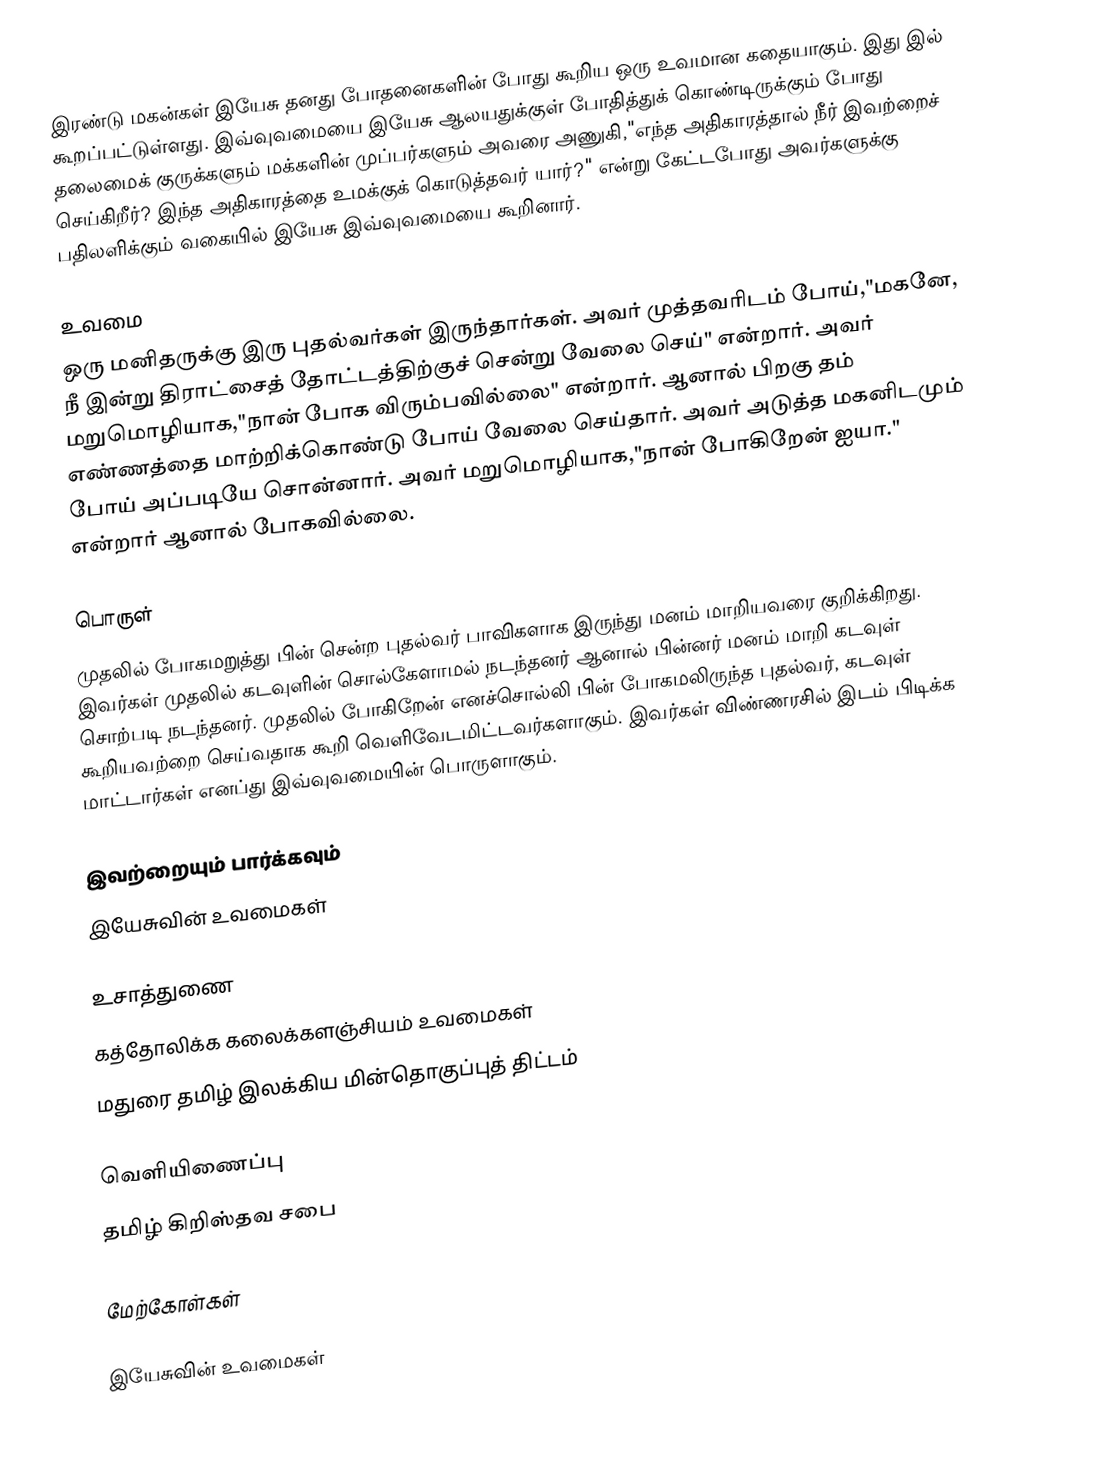
இரண்டு மகன்கள்  இயேசு தனது போதனைகளின் போது கூறிய ஒரு உவமான கதையாகும். இது  இல் கூறப்பட்டுள்ளது. இவ்வுவமையை இயேசு ஆலயதுக்குள் போதித்துக் கொண்டிருக்கும் போது தலைமைக் குருக்களும் மக்களின் முப்பர்களும் அவரை அணுகி,"எந்த அதிகாரத்தால் நீர் இவற்றைச் செய்கிறீர்? இந்த அதிகாரத்தை உமக்குக் கொடுத்தவர் யார்?" என்று கேட்டபோது அவர்களுக்கு பதிலளிக்கும் வகையில் இயேசு இவ்வுவமையை கூறினார்.

உவமை
ஒரு மனிதருக்கு இரு புதல்வர்கள் இருந்தார்கள். அவர் முத்தவரிடம் போய்,"மகனே, நீ இன்று திராட்சைத் தோட்டத்திற்குச் சென்று வேலை செய்" என்றார். அவர் மறுமொழியாக,"நான் போக விரும்பவில்லை" என்றார். ஆனால் பிறகு தம் எண்ணத்தை மாற்றிக்கொண்டு போய் வேலை செய்தார். அவர் அடுத்த மகனிடமும் போய் அப்படியே சொன்னார். அவர் மறுமொழியாக,"நான் போகிறேன் ஐயா." என்றார் ஆனால் போகவில்லை.

பொருள்
முதலில் போகமறுத்து பின் சென்ற புதல்வர் பாவிகளாக இருந்து மனம் மாறியவரை குறிக்கிறது. இவர்கள் முதலில் கடவுளின் சொல்கேளாமல் நடந்தனர் ஆனால் பின்னர் மனம் மாறி கடவுள் சொற்படி நடந்தனர். முதலில் போகிறேன் எனச்சொல்லி பின் போகமலிருந்த புதல்வர், கடவுள் கூறியவற்றை செய்வதாக கூறி வெளிவேடமிட்டவர்களாகும். இவர்கள் விண்ணரசில் இடம் பிடிக்க மாட்டார்கள் எனப்து இவ்வுவமையின் பொருளாகும்.

இவற்றையும் பார்க்கவும்
 இயேசுவின் உவமைகள்

உசாத்துணை
கத்தோலிக்க கலைக்களஞ்சியம் உவமைகள்
மதுரை தமிழ் இலக்கிய மின்தொகுப்புத் திட்டம்

வெளியிணைப்பு
தமிழ் கிறிஸ்தவ சபை

மேற்கோள்கள்

இயேசுவின் உவமைகள்